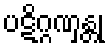
ပဋိဂ္ဂဏှန္တု